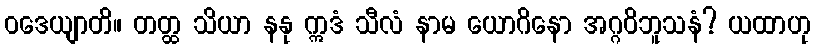
ဝဒေယျာတိ။ တတ္ထ သိယာ နနု ဣဒံ သီလံ နာမ ယောဂိနော အဂ္ဂဝိဘူသနံ? ယထာဟု